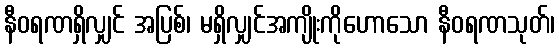
နီဝရဏရှိလျှင် အပြစ်၊ မရှိလျှင်အကျိုးကိုဟောသော နီဝရဏသုတ်၊